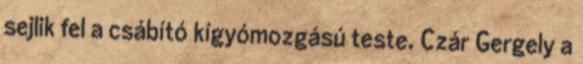
sejlik fel a csábító kígyómozgású teste. Czár Gergely a